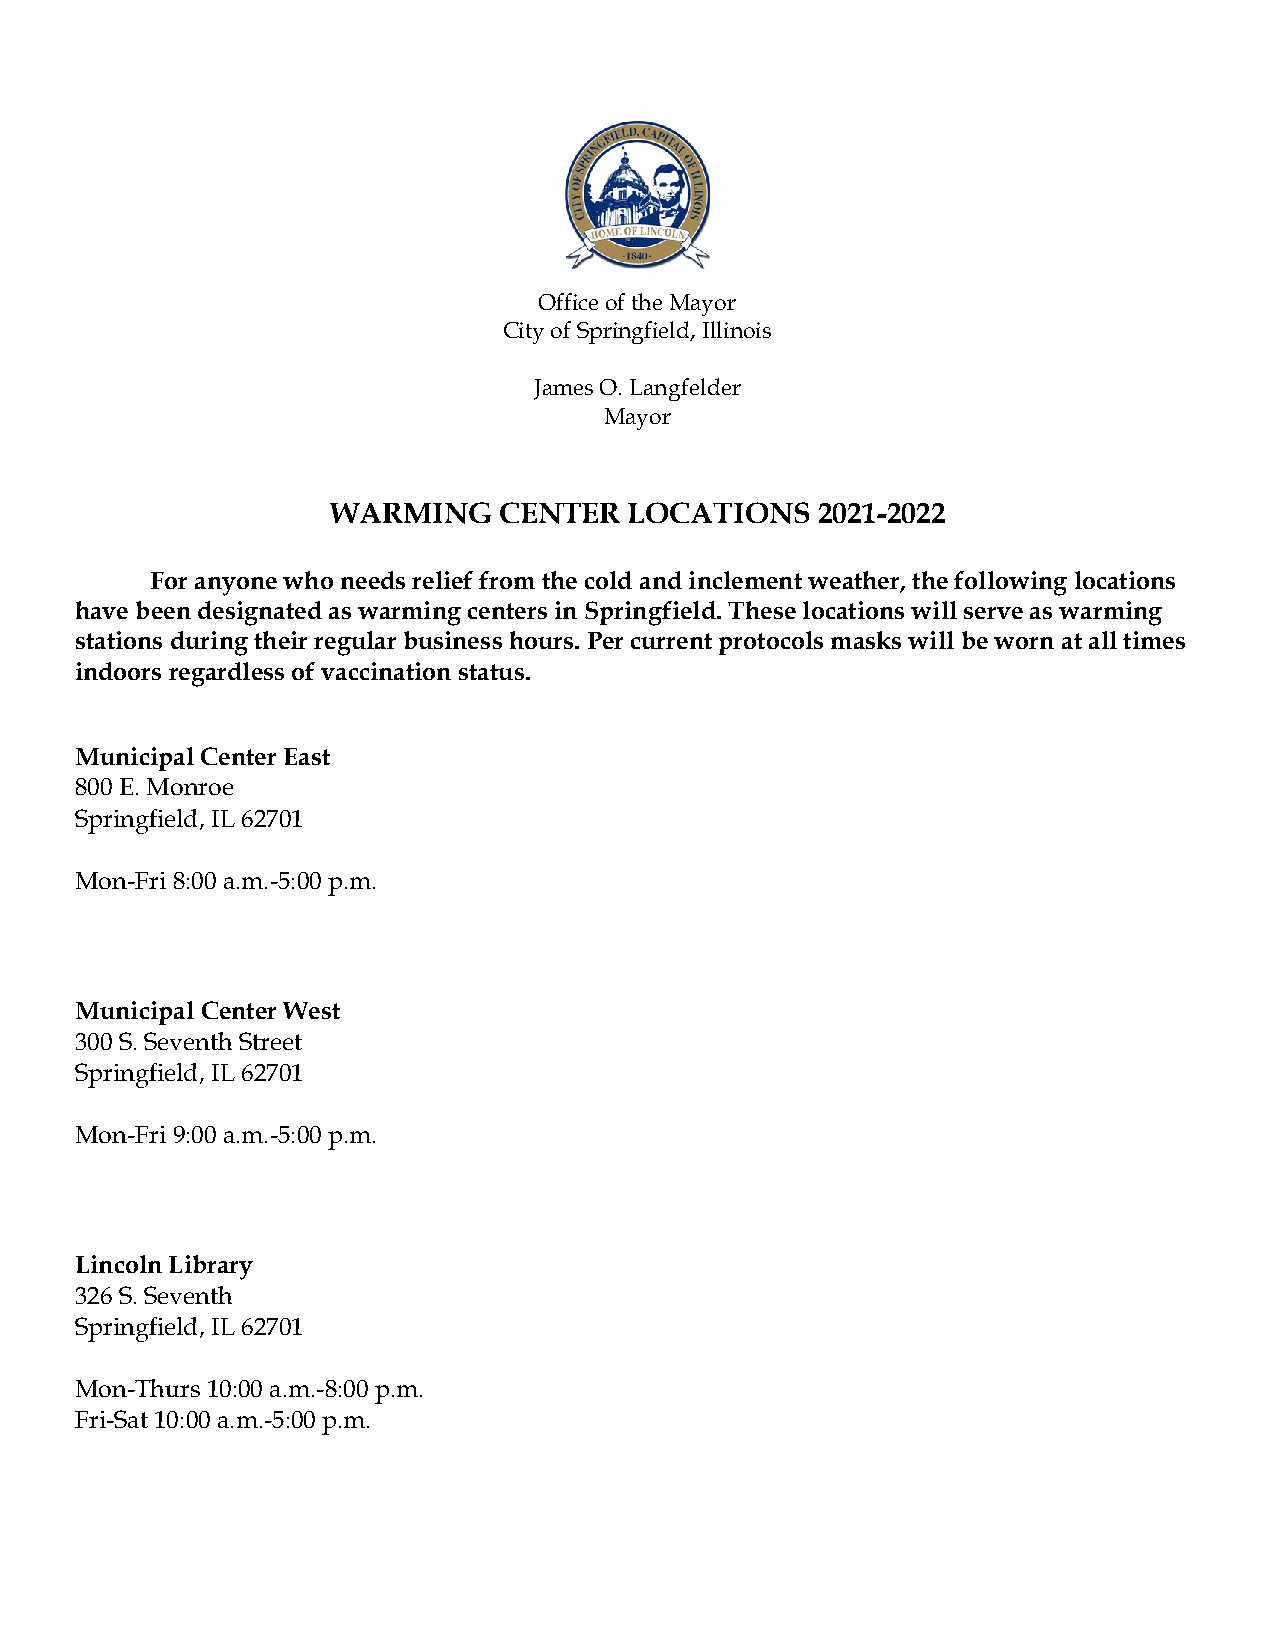
Office of the Mayor
 City of Springfield, Illinois
 James O. Langfelder
 Mayor
 WARMING    CENTER   LOCATIONS   2021-2022
 For anyone who needs relief from the cold and inclement weather, the following locations
 have been designated as warming centers in Springfield. These locations will serve as warming
 stations during their regular business hours. Per current protocols masks will be worn at all times
 indoors regardless of vaccination status.
 Municipal Center East
 800 E. Monroe
 Springfield, IL 62701
 Mon-Fri 8:00 a.m.-5:00 p.m.
 Municipal Center West
 300 S. Seventh Street
 Springfield, IL 62701
 Mon-Fri 9:00 a.m.-5:00 p.m.
 Lincoln Library
 326 S. Seventh
 Springfield, IL 62701
 Mon-Thurs 10:00 a.m.-8:00 p.m.
 Fri-Sat 10:00 a.m.-5:00 p.m.